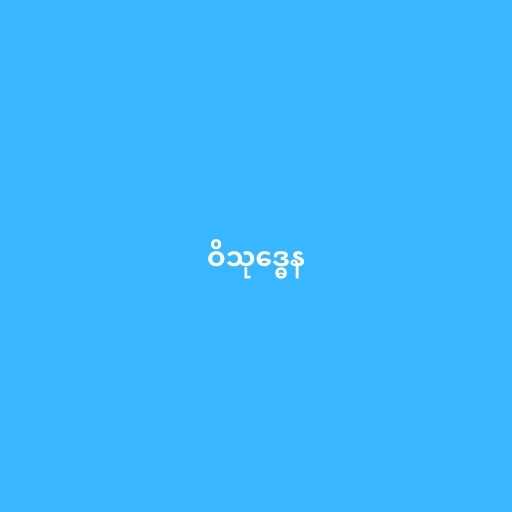
ဝိသုဒ္ဓေန